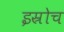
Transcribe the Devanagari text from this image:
इस्रोच